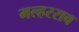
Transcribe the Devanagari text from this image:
मल्हरराव